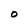
Character: O